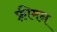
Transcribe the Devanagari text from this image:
फ़्रीमन